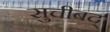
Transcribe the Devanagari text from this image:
सुचीबद्